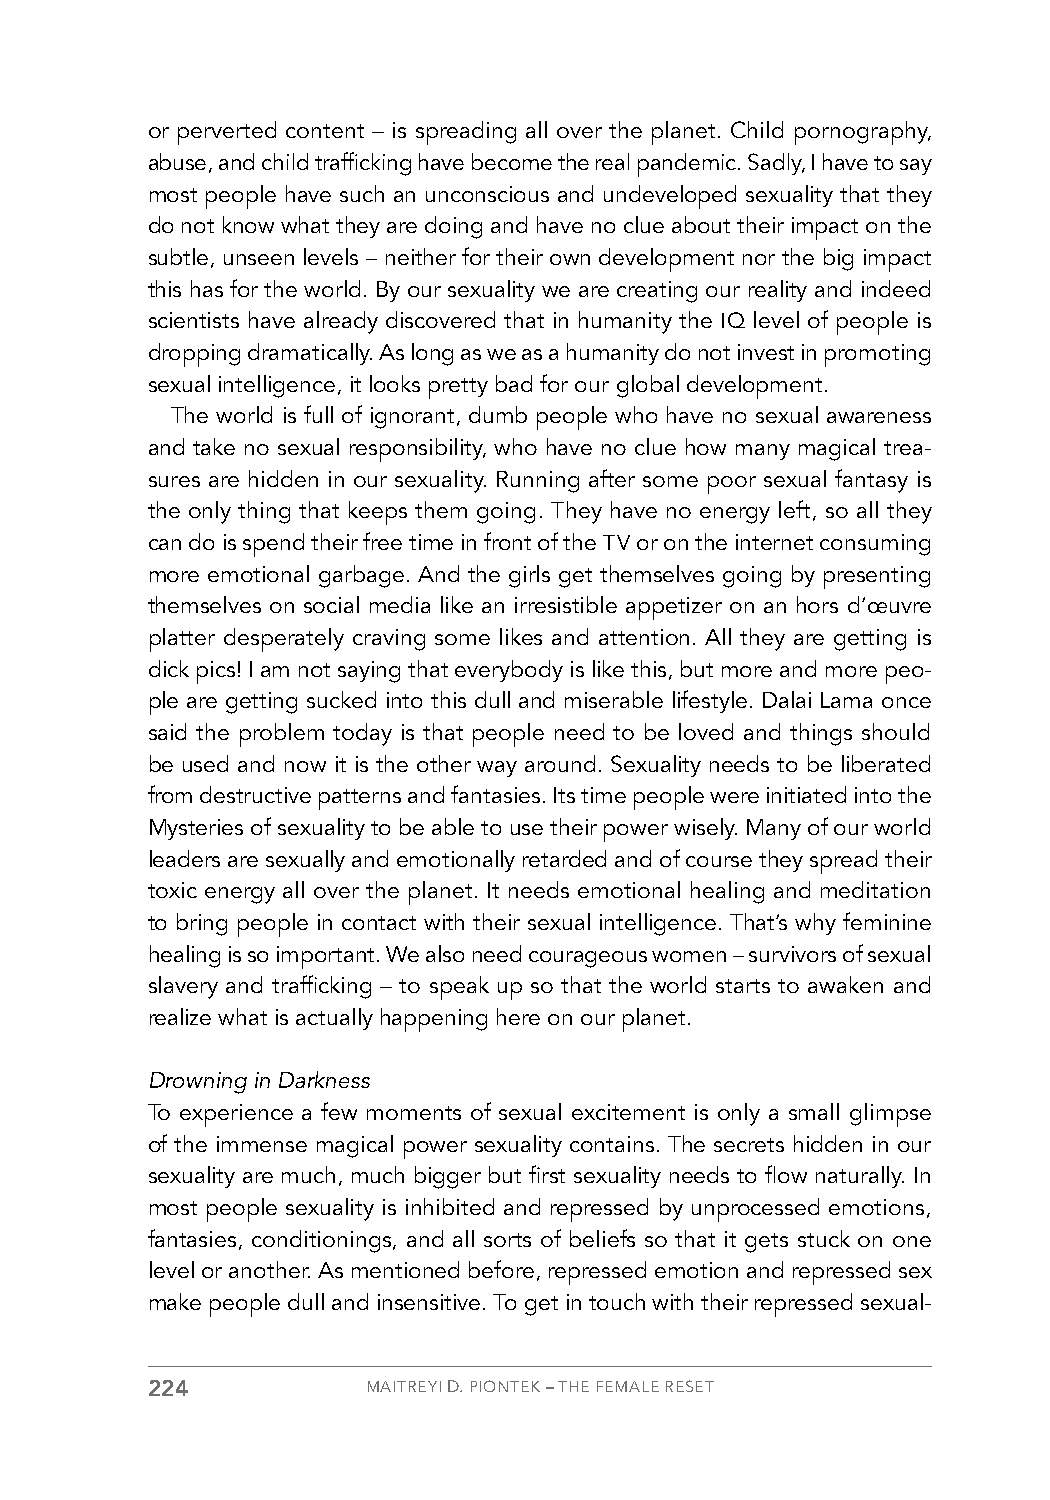
or perverted content – is spreading all over the planet. Child pornography,
 abuse, and child trafficking have become the real pandemic. Sadly, I have to say
 most people have such an unconscious and undeveloped sexuality that they
 do not know what they are doing and have no clue about their impact on the
 subtle, unseen levels – neither for their own development nor the big impact
 this has for the world. By our sexuality we are creating our reality and indeed
 scientists have already discovered that in humanity the IQ level of people is
 dropping dramatically. As long as we as a humanity do not invest in promoting
 sexual intelligence, it looks pretty bad for our global development.
 The world is full of ignorant, dumb people who have no sexual awareness
 and take no sexual responsibility, who have no clue how many magical trea-
 sures are hidden in our sexuality. Running after some poor sexual fantasy is
 the only thing that keeps them going. They have no energy left, so all they
 can do is spend their free time in front of the TV or on the internet consuming
 more emotional garbage. And the girls get themselves going by presenting
 themselves on social media like an irresistible appetizer on an hors d’œuvre
 platter desperately craving some likes and attention. All they are getting is
 dick pics! I am not saying that everybody is like this, but more and more peo-
 ple are getting sucked into this dull and miserable lifestyle. Dalai Lama once
 said the problem today is that people need to be loved and things should
 be used and now it is the other way around. Sexuality needs to be liberated
 from destructive patterns and fantasies. Its time people were initiated into the
 Mysteries of sexuality to be able to use their power wisely. Many of our world
 leaders are sexually and emotionally retarded and of course they spread their
 toxic energy all over the planet. It needs emotional healing and meditation
 to bring people in contact with their sexual intelligence. That’s why feminine
 healing is so important. We also need courageous women – survivors of sexual
 slavery and trafficking – to speak up so that the world starts to awaken and
 realize what is actually happening here on our planet.
 Drowning in Darkness
 To experience a few moments of sexual excitement is only a small glimpse
 of the immense magical power sexuality contains. The secrets hidden in our
 sexuality are much, much bigger but first sexuality needs to flow naturally. In
 most people sexuality is inhibited and repressed by unprocessed emotions,
 fantasies, conditionings, and all sorts of beliefs so that it gets stuck on one
 level or another. As mentioned before, repressed emotion and repressed sex
 make people dull and insensitive. To get in touch with their repressed sexual-
 224           MAITREYI D. PIONTEK – THE FEMALE RESET